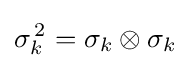
\sigma _{k}^{\,2}=\sigma _{k}\otimes \sigma _{k}